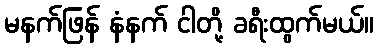
မနက်ဖြန် နံနက် ငါတို့ ခရီးထွက်မယ်။